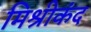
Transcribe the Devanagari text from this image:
मिश्रीकंद